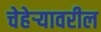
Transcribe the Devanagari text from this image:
चेहेर्‍यावरील